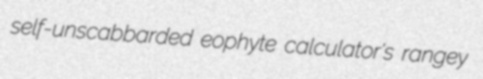
self-unscabbarded eophyte calculator's rangey